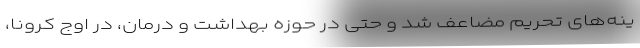
ینه‌های تحریم مضاعف شد و حتی در حوزه بهداشت و درمان، در اوج کرونا،